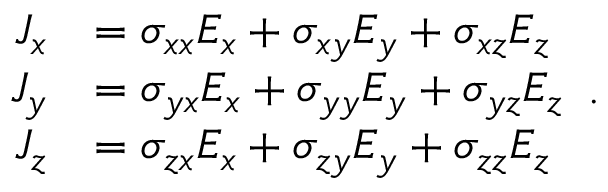
{ \begin{array} { r l } { J _ { x } } & { = \sigma _ { x x } E _ { x } + \sigma _ { x y } E _ { y } + \sigma _ { x z } E _ { z } } \\ { J _ { y } } & { = \sigma _ { y x } E _ { x } + \sigma _ { y y } E _ { y } + \sigma _ { y z } E _ { z } } \\ { J _ { z } } & { = \sigma _ { z x } E _ { x } + \sigma _ { z y } E _ { y } + \sigma _ { z z } E _ { z } } \end{array} } .